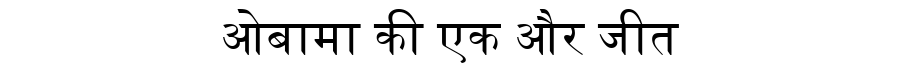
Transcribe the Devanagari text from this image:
ओबामा की एक और जीत